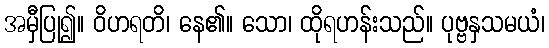
အမှီပြု၍။ ဝိဟရတိ၊ နေ၏။ သော၊ ထိုရဟန်းသည်။ ပုဗ္ဗနှသမယံ၊